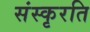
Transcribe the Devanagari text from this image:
संस्कृरति